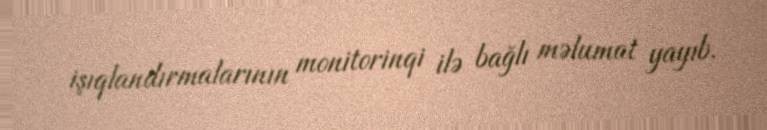
işıqlandırmalarının monitorinqi ilə bağlı məlumat yayıb.